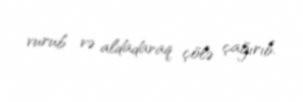
vurub və aldadaraq çölə çağırıb.